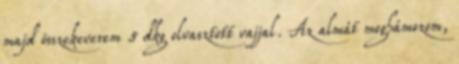
majd összekeverem 5 dkg olvasztott vajjal. Az almát meghámozom,